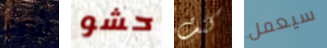
شراء حشو كنت سيعمل